Annual report of the Civil Veterinary Department, Bengal, for the year 1897-98 - 1897-1898
Year: 1897
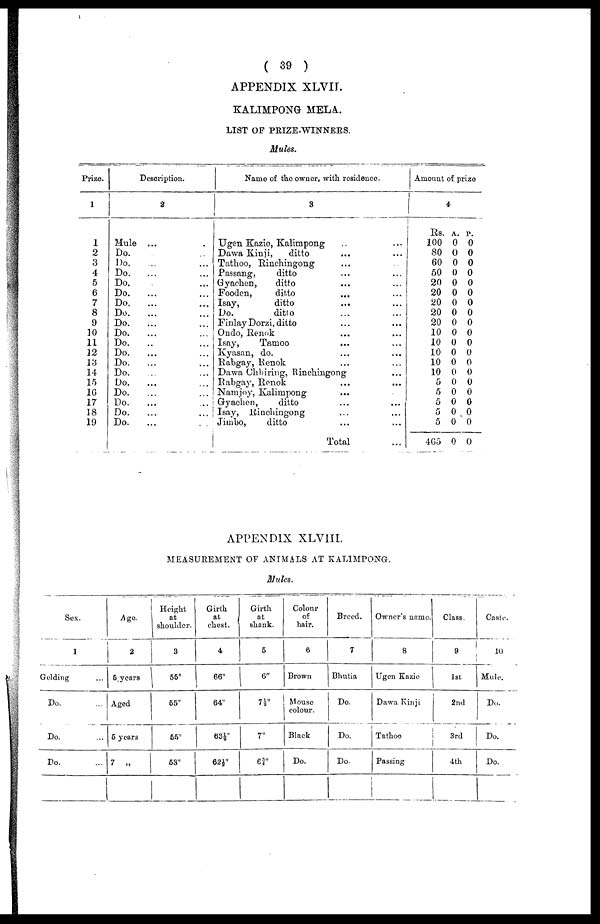
( 39 )
APPENDIX XLVIJ.
KALIMPONG MELA.
LIST OF PRIZE-WINNERS.
Mules.
Prize.
1
1
2
3
4
5
6
7
8
9
10
11
12
13
14
15
16
17
18
19
Description.
2
Mule ...
Do.
Do.
...
Do.
...
Do. ...
Do.
...
Do.
...
Do.
...
Do.
...
Do.
...
Do.
...
Do.
...
Do.
...
Do.
...
Do. ...
Do.
...
Do.
...
Do. ...
Do.
...
Name of the owner, with residence.
3
Ugen Kazie, Kalimpong .. ...
Dawa Kinji,
ditto ... ...
Tathoo, Rinchingong ... ...
Passang,
ditto ... ...
Gyachen,
ditto ... ...
Fooden,
ditto
...
...
Isay,
ditto
...
...
Do.
ditto ... ...
Finlay Dorzi, ditto ... ...
Ondo, Renok ... ...
Isay,
Tamoo
...
...
Kyasan, do. ... ...
Rabgay, Renok ... ...
Dawa Chhiring, Rinchingong ...
Rabgay, Renok ... ...
Namjoy, Kalimpong ...
Gyachen,
ditto ... ...
Isay, Rinchingong ... ...
Jimbo,
ditto ... ...
Total ...
Amount of prize
4
Rs.
100
80
60
50
20
20
20
20
20
10
10
10
10
10
5
5
5
5
5
465
A.
0
0
0
0
0
0
0
0
0
0
0
0
0
0
0
0
0
0
0
0
. P
0
0
0
0
0
0
0
0
0
0
0
0
0
0
0
0
0
0
0
0
APPENDIX XLVIII.
MEASUREMENT OF ANIMALS AT KALIMPONG.
Mules.
Sex.
1
Golding ...
Do. ...
Do. ...
Do. ...
Age.
2
5 years
Aged
6 years
7 „
Height
at
shoulder.
3
55"
55"
55"
53"
Girth
at
chest.
4
66"
64"
63½"
62½"
Girth
at
shank.
5
6"
7½"
7"
63"
Colour
of
hair.
6
Brown
Mouse
colour.
Black
Do.
Breed.
7
Bhutia
Do.
Do.
Do.
Owner's name.
8
Ugen Kazic
Dawa Kinji
Tathoo
Passing
Class.
9
1st
2nd
3rd
4th
Caste.
10
Mule.
Do.
Do.
Do.